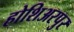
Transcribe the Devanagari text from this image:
होशिअरपुर